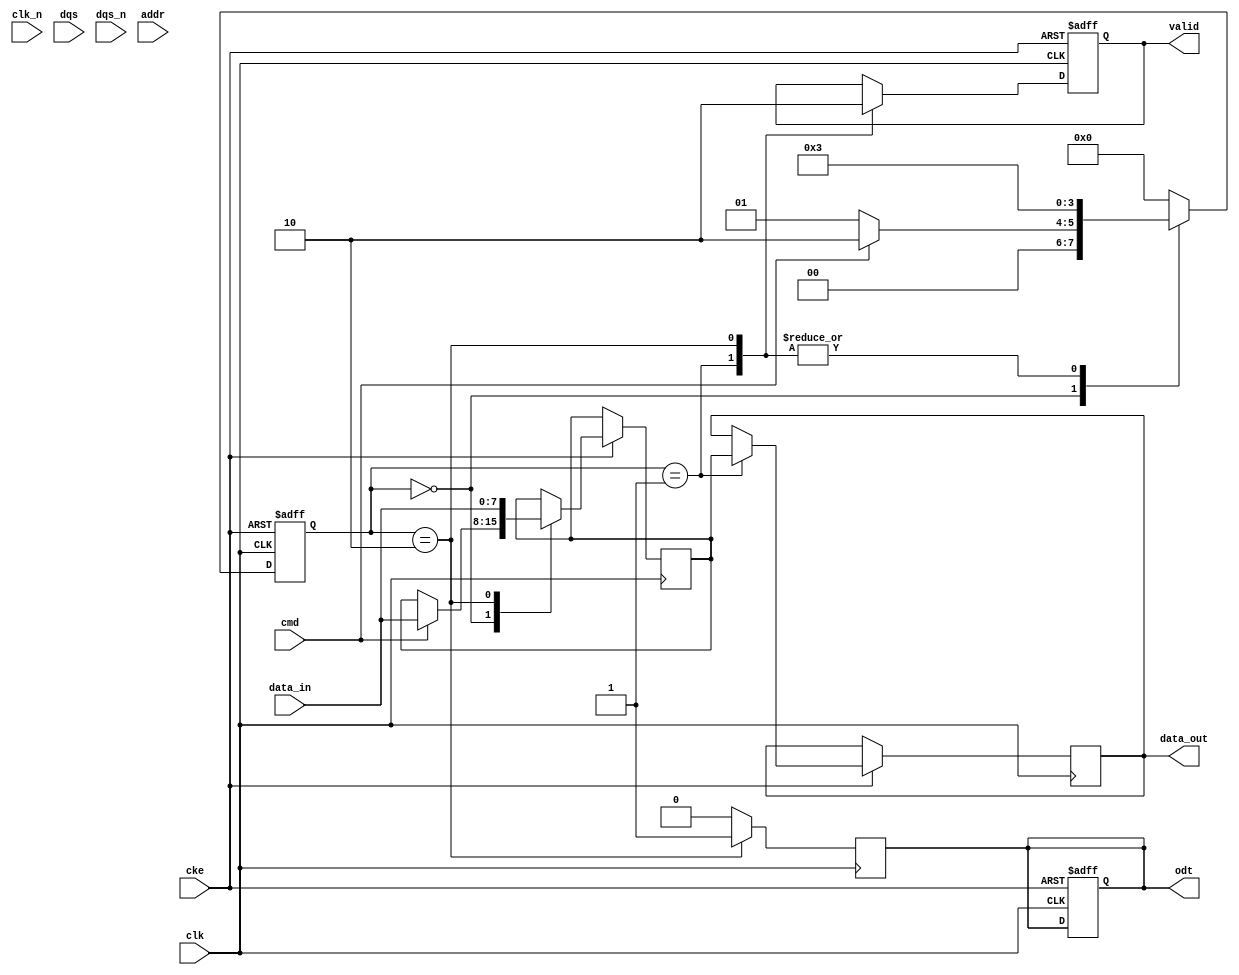
module gddr5_io_block (
    input wire clk,            // Clock signal
    input wire clk_n,          // Inverted clock signal
    input wire cke,            // Clock enable
    input wire [7:0] data_in,  // Data input from memory controller
    output reg [7:0] data_out, // Data output to memory controller
    input wire dqs,            // Data strobe
    input wire dqs_n,          // Inverted data strobe
    input wire [15:0] addr,    // Address lines (row and column)
    input wire cmd,            // Command (read/write)
    output reg odt,            // On-die termination
    output reg valid           // Data valid signal
);

    // Internal signals
    reg [7:0] data_buffer;      // Buffer for data
    reg [3:0] state;            // State machine for timing control
    reg [3:0] command_reg;      // Register for command

    // State encoding
    localparam IDLE = 4'b0000,
               READ = 4'b0001,
               WRITE = 4'b0010,
               WAIT = 4'b0011;

    // Timing parameters (example values)
    localparam tRP = 4, tRCD = 4, tWR = 4, tCAS = 4;

    // Main process
    always @(posedge clk or negedge cke) begin
        if (!cke) begin
            // Power down logic
            odt <= 1'b0;
            valid <= 1'b0;
            state <= IDLE;
        end else begin
            case (state)
                IDLE: begin
                    if (cmd) begin // Assume cmd high means write
                        data_buffer <= data_in;
                        state <= WRITE;
                    end else begin // Assume cmd low means read
                        state <= READ;
                    end
                end

                READ: begin
                    // Simulate read operation
                    valid <= 1'b1;
                    data_out <= data_buffer; // Output the buffered data
                    state <= WAIT;
                end

                WRITE: begin
                    // Simulate write operation
                    data_buffer <= data_in; // Buffer the incoming data
                    valid <= 1'b0; // Data not valid until next clock
                    state <= WAIT;
                end

                WAIT: begin
                    // Wait for timing parameters
                    // Implement timing logic here based on tRP, tRCD, etc.
                    state <= IDLE; // Return to idle after operation
                end

                default: state <= IDLE; // Safety default
            endcase
        end
    end

    // DQS and DQS# generation
    always @(posedge clk) begin
        if (valid) begin
            // Generate DQS signal when data is valid
            // This is a simplified version; actual implementation may vary
            // DQS signal should be aligned with data_out
            // Implement DQS timing logic here
        end
    end

    // On-die termination control
    always @(posedge clk) begin
        if (state == WRITE) begin
            odt <= 1'b1; // Enable ODT during write
        end else begin
            odt <= 1'b0; // Disable ODT otherwise
        end
    end

endmodule